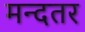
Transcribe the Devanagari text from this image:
मन्दतर